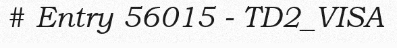
# Entry 56015 - TD2_VISA